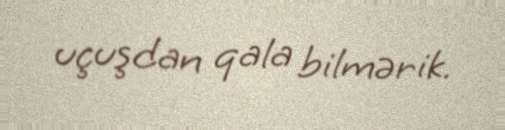
uçuşdan qala bilmərik.